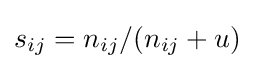
s_{ij}=n_{ij}/(n_{ij}+u)